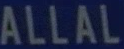
ALLAL